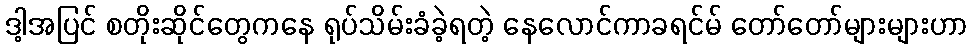
ဒါ့အပြင် စတိုးဆိုင်တွေကနေ ရုပ်သိမ်းခံခဲ့ရတဲ့ နေလောင်ကာခရင်မ် တော်တော်များများဟာ